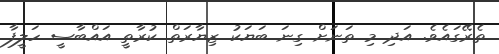
ތެރޭގައެވެ. އަދި މި ތަނަށް ގިނަ ބަޔަކު ޒިޔާރަތް ކުރާތީ އައްބާސީ ހަލީފާ